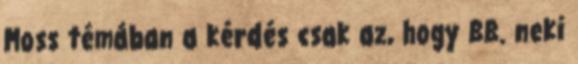
Moss témában a kérdés csak az, hogy BB. neki